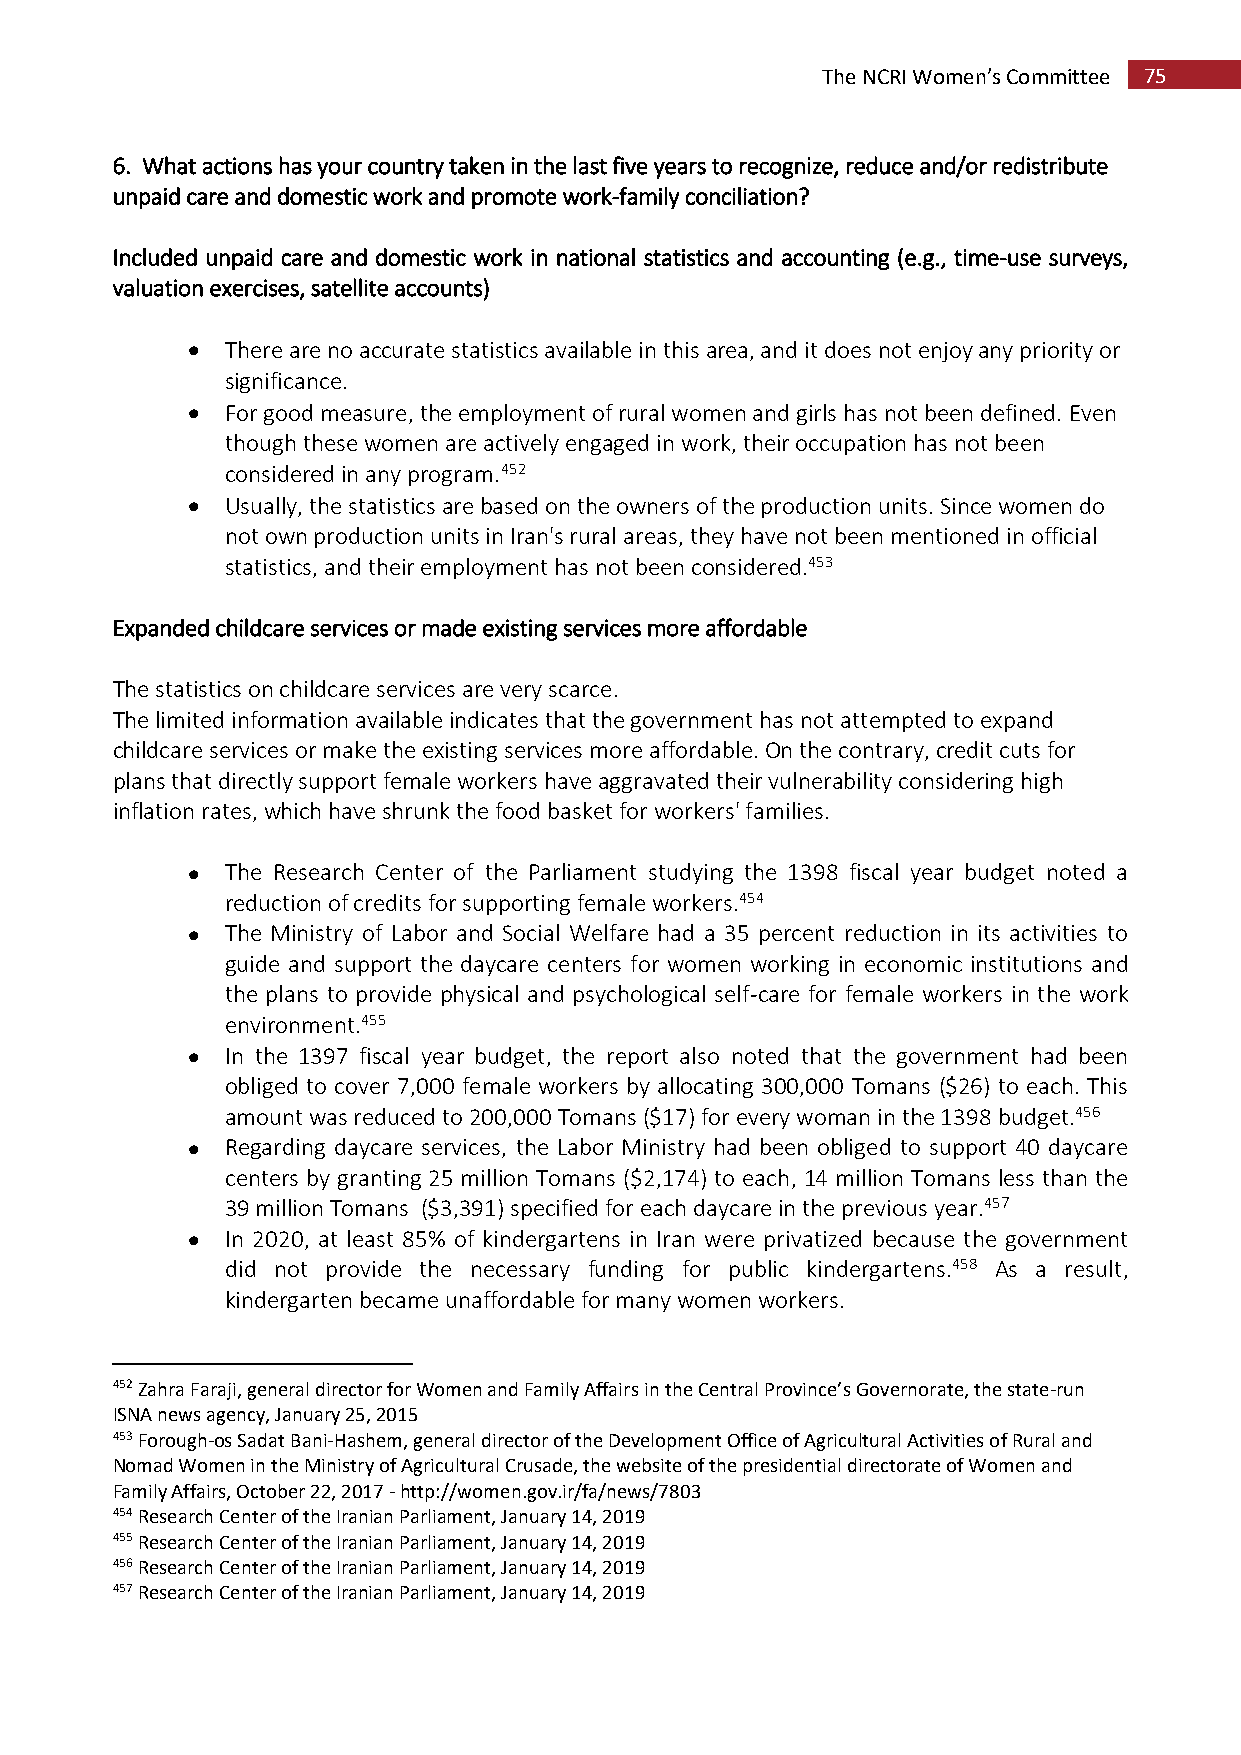
The NCRI Women’s Committee 75
 6. What actions has your country taken in the last five years to recognize, reduce and/or redistribute
 unpaid care and domestic work and promote work-family conciliation?
 Included unpaid care and domestic work in national statistics and accounting (e.g., time-use surveys,
 valuation exercises, satellite accounts)
   There are no accurate statistics available in this area, and it does not enjoy any priority or
 significance.
   For good measure, the employment of rural women and girls has not been defined. Even
 though these women are actively engaged in work, their occupation has not been
 considered in any program.452
   Usually, the statistics are based on the owners of the production units. Since women do
 not own production units in Iran's rural areas, they have not been mentioned in official
 statistics, and their employment has not been considered.453
 Expanded childcare services or made existing services more affordable
 The statistics on childcare services are very scarce.
 The limited information available indicates that the government has not attempted to expand
 childcare services or make the existing services more affordable. On the contrary, credit cuts for
 plans that directly support female workers have aggravated their vulnerability considering high
 inflation rates, which have shrunk the food basket for workers' families.
   The Research Center of the Parliament studying the 1398 fiscal year budget noted a
 reduction of credits for supporting female workers.454
   The Ministry of Labor and Social Welfare had a 35 percent reduction in its activities to
 guide and support the daycare centers for women working in economic institutions and
 the plans to provide physical and psychological self-care for female workers in the work
 environment.455
   In the 1397 fiscal year budget, the report also noted that the government had been
 obliged to cover 7,000 female workers by allocating 300,000 Tomans ($26) to each. This
 amount was reduced to 200,000 Tomans ($17) for every woman in the 1398 budget.456
   Regarding daycare services, the Labor Ministry had been obliged to support 40 daycare
 centers by granting 25 million Tomans ($2,174) to each, 14 million Tomans less than the
 39 million Tomans ($3,391) specified for each daycare in the previous year.457
   In 2020, at least 85% of kindergartens in Iran were privatized because the government
 did not provide the necessary funding for public kindergartens.458 As a result,
 kindergarten became unaffordable for many women workers.
 452 Zahra Faraji, general director for Women and Family Affairs in the Central Province’s Governorate, the state-run
 ISNA news agency, January 25, 2015
 453 Forough-os Sadat Bani-Hashem, general director of the Development Office of Agricultural Activities of Rural and
 Nomad Women in the Ministry of Agricultural Crusade, the website of the presidential directorate of Women and
 Family Affairs, October 22, 2017 - http://women.gov.ir/fa/news/7803
 454 Research Center of the Iranian Parliament, January 14, 2019
 455 Research Center of the Iranian Parliament, January 14, 2019
 456 Research Center of the Iranian Parliament, January 14, 2019
 457 Research Center of the Iranian Parliament, January 14, 2019